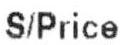
S/PRICE